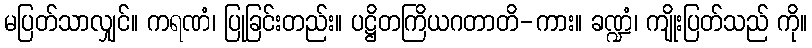
မပြတ်သာလျှင်။ ကရဏံ၊ ပြုခြင်းတည်း။ ပဋ္ဌိတကြိယဂတာတိ-ကား။ ခဏ္ဍံ၊ ကျိုးပြတ်သည် ကို။